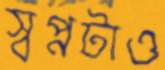
স্বপ্নটাও